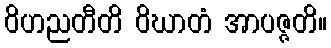
ဝိဟညတီတိ ဝိဃာတံ အာပဇ္ဇတိ။